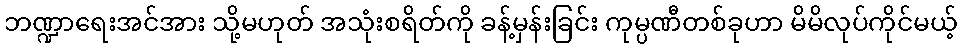
ဘဏ္ဍာရေးအင်အား သို့မဟုတ် အသုံးစရိတ်ကို ခန့်မှန်းခြင်း ကုမ္ပဏီတစ်ခုဟာ မိမိလုပ်ကိုင်မယ့်